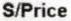
S/PRICE